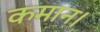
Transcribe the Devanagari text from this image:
कमान।